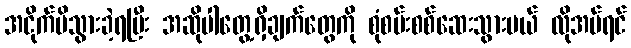
အငိုက်မိသွားခဲ့ရပြီး အဆိုပါတွေ့ရှိချက်တွေကို စုံစမ်းစစ်ဆေးသွားမယ် လိုအပ်ရင်